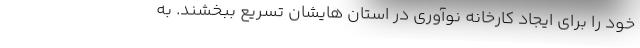
خود را برای ایجاد کارخانه نوآوری در استان هایشان تسریع ببخشند. به